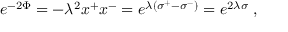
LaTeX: e ^ { - 2 \Phi } = - \lambda ^ { 2 } x ^ { + } x ^ { - } = e ^ { \lambda \left( \sigma ^ { + } - \sigma ^ { - } \right) } = e ^ { 2 \lambda \sigma } \; ,